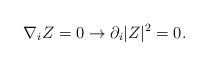
LaTeX: \begin{align*}\nabla_i Z =0 \rightarrow \partial _i \vert Z \vert ^2 =0.\end{align*}